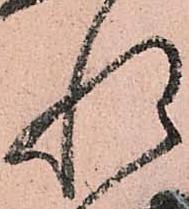
惶